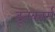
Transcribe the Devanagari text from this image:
दूतकार्म